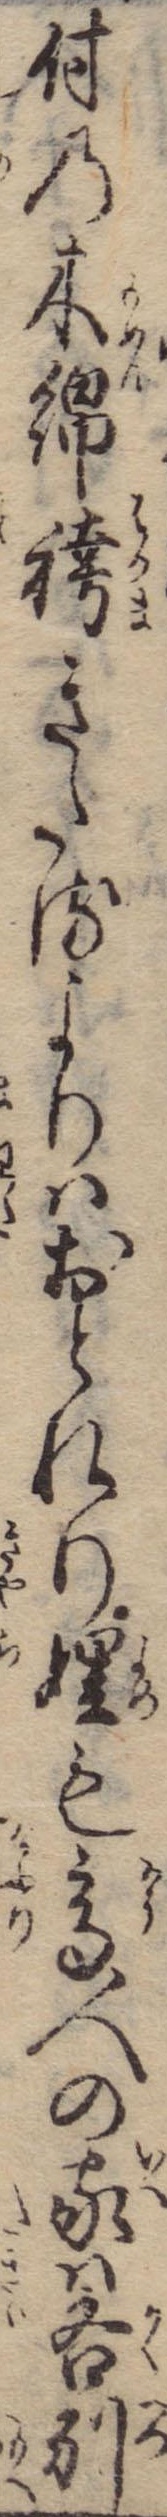
付の木綿袴きたるよりはおとれりも高人の家は各別